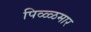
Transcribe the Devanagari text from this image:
पिळ्ळमार